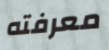
معرفته